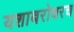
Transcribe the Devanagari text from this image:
यशाबरोबरच